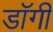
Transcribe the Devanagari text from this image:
डॉगी